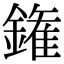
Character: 𨫝